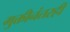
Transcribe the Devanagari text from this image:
मुक्तीनंतरही